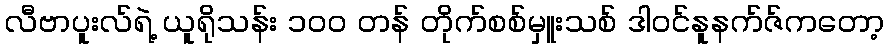
လီဗာပူးလ်ရဲ့ ယူရိုသန်း ၁၀၀ တန် တိုက်စစ်မှူးသစ် ဒါဝင်နူနက်ဇ်ကတော့